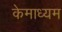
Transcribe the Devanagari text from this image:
केमाध्यम